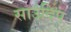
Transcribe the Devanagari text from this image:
साउंदिप